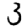
Digit: 3